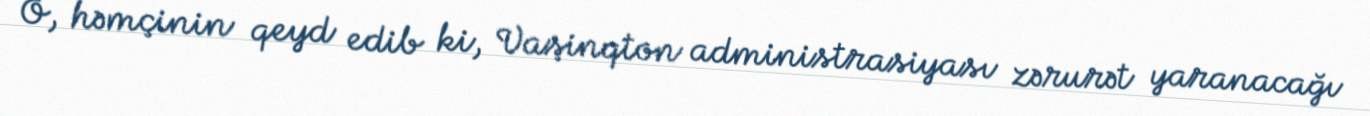
O, həmçinin qeyd edib ki, Vaşinqton administrasiyası zərurət yaranacağı